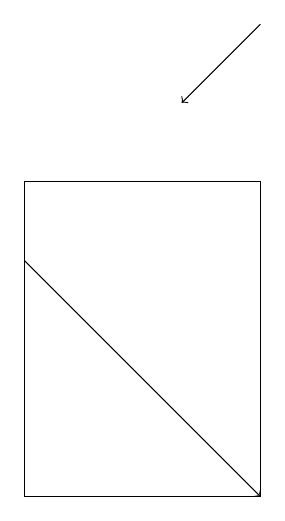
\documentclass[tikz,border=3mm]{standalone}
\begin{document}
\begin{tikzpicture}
\draw[->] (7,18) -- (6,17);
\draw[->] (4,15) -- (7,12);
\draw (7,12) rectangle (4,16);
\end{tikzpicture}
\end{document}